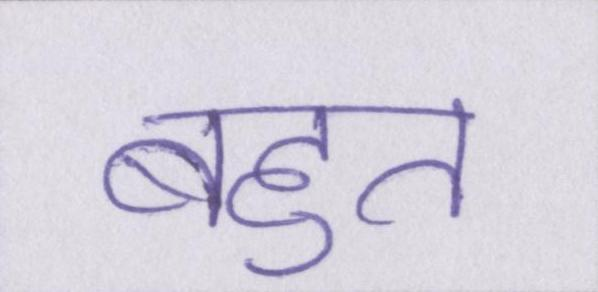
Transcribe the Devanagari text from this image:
बहुत